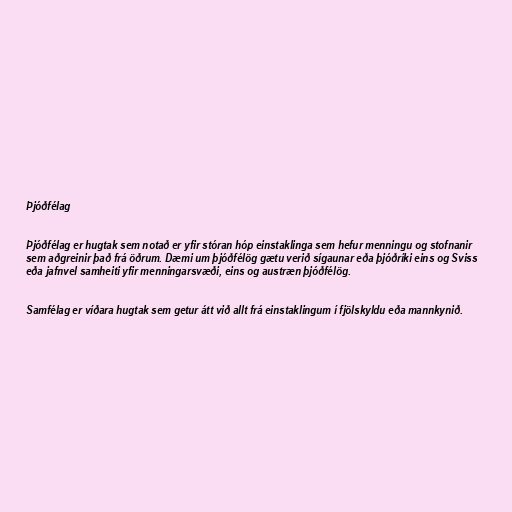
Þjóðfélag

Þjóðfélag er hugtak sem notað er yfir stóran hóp einstaklinga sem hefur menningu og stofnanir
sem aðgreinir það frá öðrum. Dæmi um þjóðfélög gætu verið sígaunar eða þjóðríki eins og Sviss
eða jafnvel samheiti yfir menningarsvæði, eins og austræn þjóðfélög.

Samfélag er víðara hugtak sem getur átt við allt frá einstaklingum í fjölskyldu eða mannkynið.